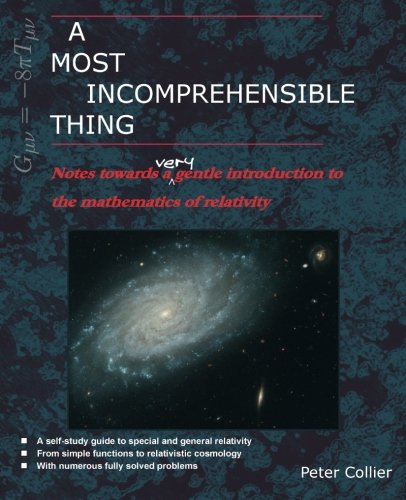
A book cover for A Most Incomprehensible Thing: Notes Towards a Very Gentle Introduction to the Mathematics of Relativity; Peter Collier; Science & Math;